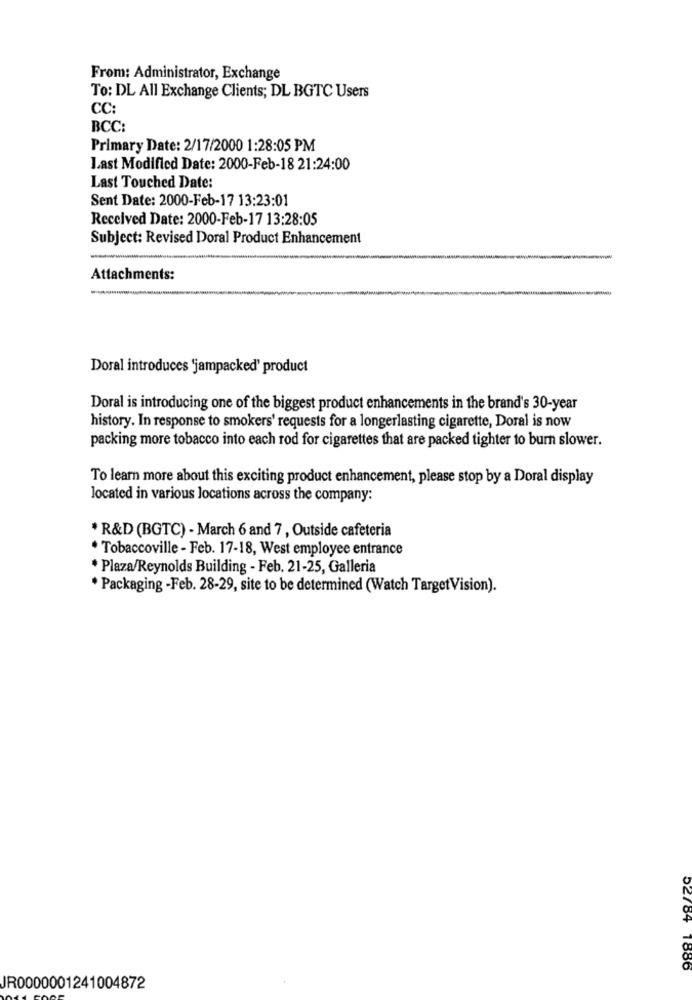
From: Administrator, Exchange
To: DL All Exchange Clients; DL BGTC Users
CC:
BCC:
Primary Date: 2/17/2000 1:28:05 PM
Last Modified Date: 2000-Feb-18 21:24:00
Last Touched Date:
Sent Date: 2000-Feb-17 13:23:01
Received Date: 2000-Feb-17 13:28:05
Subject: Revised Doral Product Enhancement
Attachments:
Doral introduces 'jampacked' product
Doral is introducing one of the biggest product enhancements in the brand's 30-year
history. In response to smokers' requests for a longerlasting cigarette, Doral is now
packing more tobacco into each rod for cigarettes that are packed tighter to burn slower.
To learn more about this exciting product enhancement, please stop by a Doral display
located in various locations across the company:
* R&D (BGTC) - March 6 and 7, Outside cafeteria
* Tobaccoville - Feb. 17-18, West employee entrance
* Plaza/Reynolds Building - Feb. 21-25, Galleria
* Packaging -Feb. 28-29, site to be determined (Watch TargetVision).
52784 1886
JR0000001241004872